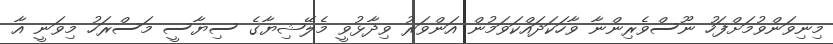
މިނިވަންވުމަށްފަހު ނޫސްވެރިންނާ ވާހަކަދައްކަވަމުން އަންވަރު ވިދާޅުވީ މެލޭޝިޔާގެ ސިޔާސީ މަސްރަހު މިވަނީ އާ